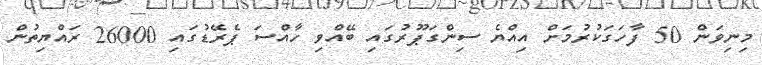
މިނިވަން 50 ފާހަގަކުރުމަށް އިއްޔެ ސިންގަޕޫރުގައި ބޭއްވި ހާއްސަ ޕެރޭޑުގައި 26000 ރައްޔިތުން